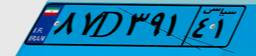
۸۷D۳۹۱۴۱